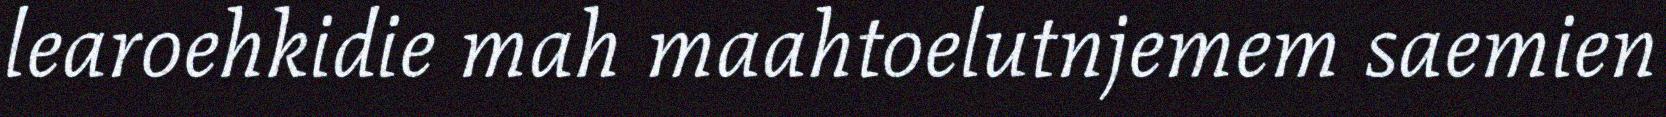
learoehkidie mah maahtoelutnjemem saemien